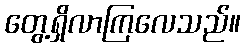
တွေ့ရှိလာကြလေသည်။